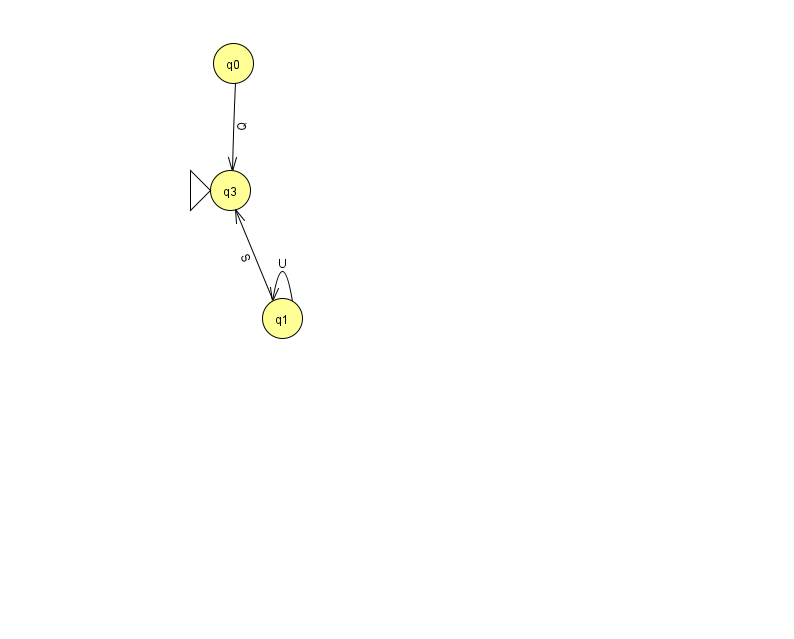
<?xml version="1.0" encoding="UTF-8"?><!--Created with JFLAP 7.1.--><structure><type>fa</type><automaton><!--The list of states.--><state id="0" name="q0"><x>233.0</x><y>50.0</y></state><state id="1" name="q1"><x>282.0</x><y>305.0</y></state><state id="3" name="q3"><x>230.0</x><y>177.0</y><initial/></state><!--The list of transitions.--><transition><from>1</from><to>1</to><read>U</read></transition><transition><from>1</from><to>3</to><read>S</read></transition><transition><from>0</from><to>3</to><read>Q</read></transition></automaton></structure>